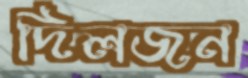
দিলজন